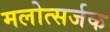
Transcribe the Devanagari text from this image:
मलोत्सर्जक